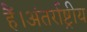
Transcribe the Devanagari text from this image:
हैं।अंतर्राष्ट्रीय